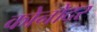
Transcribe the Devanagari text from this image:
कोनोदर